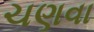
ચણવા